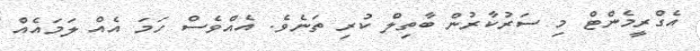
އެގްރީމެންޓް މި ސަރުކާރުން ބާތިލް ކުރި ތަނެވެ. އެއްވެސް ހަމަ އެއް ލަމައެއް